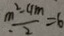
\frac { m ^ { 2 } - 4 m } { 2 } = 6